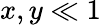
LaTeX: x,y\ll 1